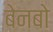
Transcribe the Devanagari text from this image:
बेनबो